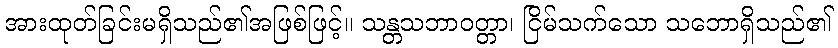
အားထုတ်ခြင်းမရှိသည်၏အဖြစ်ဖြင့်။ သန္တသဘာဝတ္တာ၊ ငြိမ်သက်သော သဘောရှိသည်၏